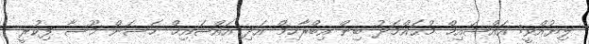
ލިޔުއްވީ: އައްޝައިޚް މުޙައްމަދު ބިން އިބްރާހިމް އަދި އައްޝައިޚް ހަސަން މޫސާ ފިކުރީ